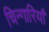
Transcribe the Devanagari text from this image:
चिन्गारियाँ